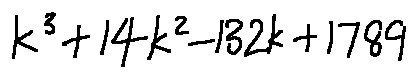
k ^ { 3 } + 1 4 k ^ { 2 } - 1 3 2 k + 1 7 8 9